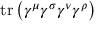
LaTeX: \operatorname { t r } \left( \gamma ^ { \mu } \gamma ^ { \sigma } \gamma ^ { \nu } \gamma ^ { \rho } \right)